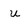
Character: u